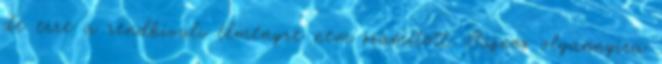
de erre a rendkívüli élményre nem számított. Sajnos olyannyira